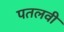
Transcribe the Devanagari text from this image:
पतलवी